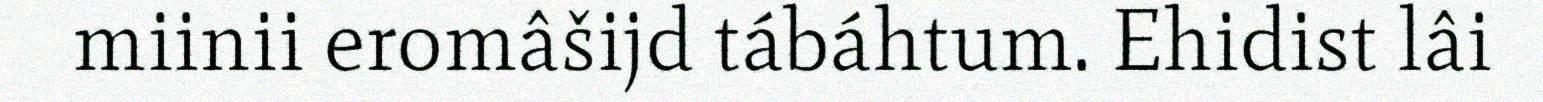
miinii eromâšijd tábáhtum. Ehidist lâi